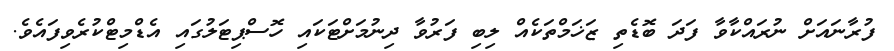
ފުރާނައަށް ނުރައްކާވާ ފަދަ ބޮޑެތި ޒަޚަމްތަކެއް ލިބި ފަރުވާ ދިނުމަށްޓަކައި ހޮސްޕިޓަލުގައި އެޑްމިޓްކުރެވިފައެވެ.